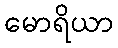
မောရိယာ